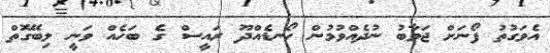
އެވަގުތު ފޯނަށް ޖަވާބު ނުދެއްވުމުން ހޯނޑެއްދޫ ރައީސް ގެ ބަހެއް ވަނީ ލިބޭގޮތް